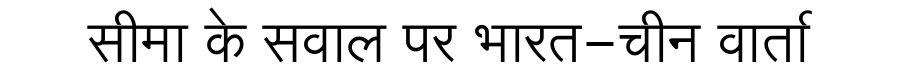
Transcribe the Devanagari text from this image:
सीमा के सवाल पर भारत-चीन वार्ता